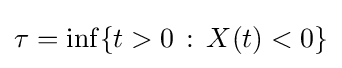
\tau =\inf\{t>0\,:\,X(t)<0\}